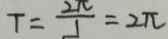
T = \frac { 2 \pi } { 1 } = 2 \pi